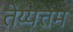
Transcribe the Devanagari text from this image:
तेय्यत्तम